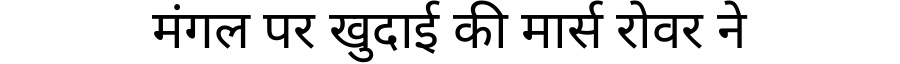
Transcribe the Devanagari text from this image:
मंगल पर खुदाई की मार्स रोवर ने